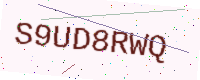
Text: S9UD8RWQ